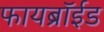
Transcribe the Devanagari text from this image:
फायब्रॉईड